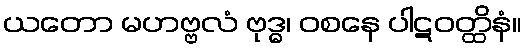
ယတော မဟဗ္ဗလံ ဗုဒ္ဓ၊ ဝစနေ ပါဋဝတ္ထိနံ။